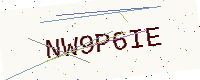
Text: NW9P6IE